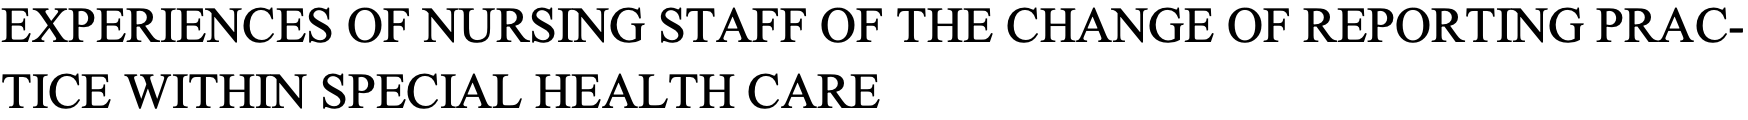
EXPERIENCES OF NURSING STAFF OF THE CHANGE OF REPORTING PRAC- TICE WITHIN SPECIAL HEALTH CARE